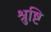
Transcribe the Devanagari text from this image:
श्रुष्टि